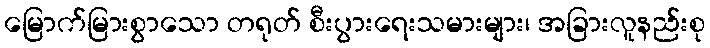
မြောက်မြားစွာသော တရုတ် စီးပွားရေးသမားများ၊ အခြားလူနည်းစု